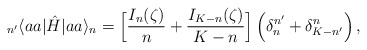
\begin{align*}_{n'}\langle aa |\hat{H}| aa\rangle_n = \Big[\frac{I_n(\zeta)}{n} + \frac{I_{K-n}(\zeta)}{K-n}\Big]\,\Big(\delta_n^{n'}+\delta_{K-n'}^n\Big)\,,\end{align*}